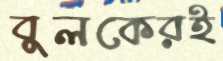
বুলকেরই